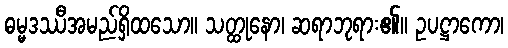
ဓမ္မဒဿီအမည်ရှိထသော။ သတ္ထုနော၊ ဆရာဘုရား၏။ ဥပဋ္ဌာကော၊